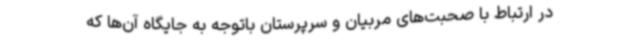
در ارتباط با صحبت‌های مربیان و سرپرستان باتوجه به جایگاه آن‌ها که